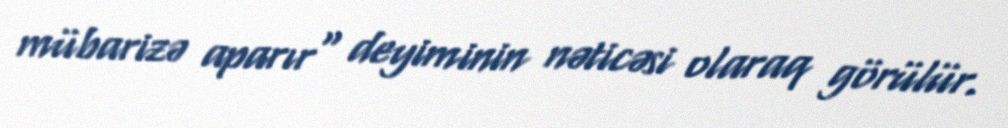
mübarizə aparır" deyiminin nəticəsi olaraq görülür.